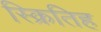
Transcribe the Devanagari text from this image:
स्क्रितिह